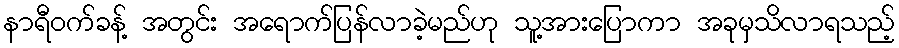
နာရီဝက်ခန့် အတွင်း အရောက်ပြန်လာခဲ့မည်ဟု သူ့အားပြောကာ အခုမှသိလာရသည့်